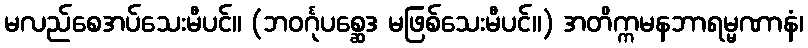
မလည်စေအပ်သေးမီပင်။ (ဘဝင်္ဂုပစ္ဆေဒ မဖြစ်သေးမီပင်။) အတိက္ကမနဘာရမ္မဏာနံ၊